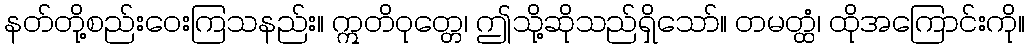
နတ်တို့စည်းဝေးကြသနည်း။ ဣတိဝုတ္တေ၊ ဤသို့ဆိုသည်ရှိသော်။ တမတ္ထံ၊ ထိုအကြောင်းကို။